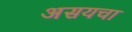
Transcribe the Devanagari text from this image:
असयचा